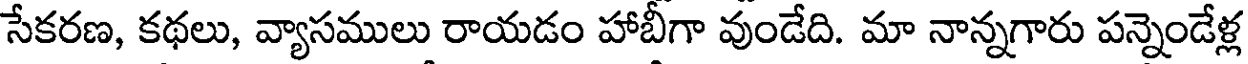
సేకరణ, కథలు, వ్యాసములు రాయడం హాబీగా వుండేది. మా నాన్నగారు పన్నెండేళ్ల